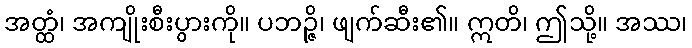
အတ္ထံ၊ အကျိုးစီးပွားကို။ ပဘဉ္ဇိ၊ ဖျက်ဆီး၏။ ဣတိ၊ ဤသို့။ အဿ၊